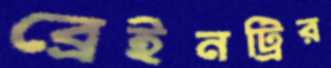
ব্রেইনট্রির